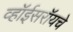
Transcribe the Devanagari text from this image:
व्हॉईसरॉयचे